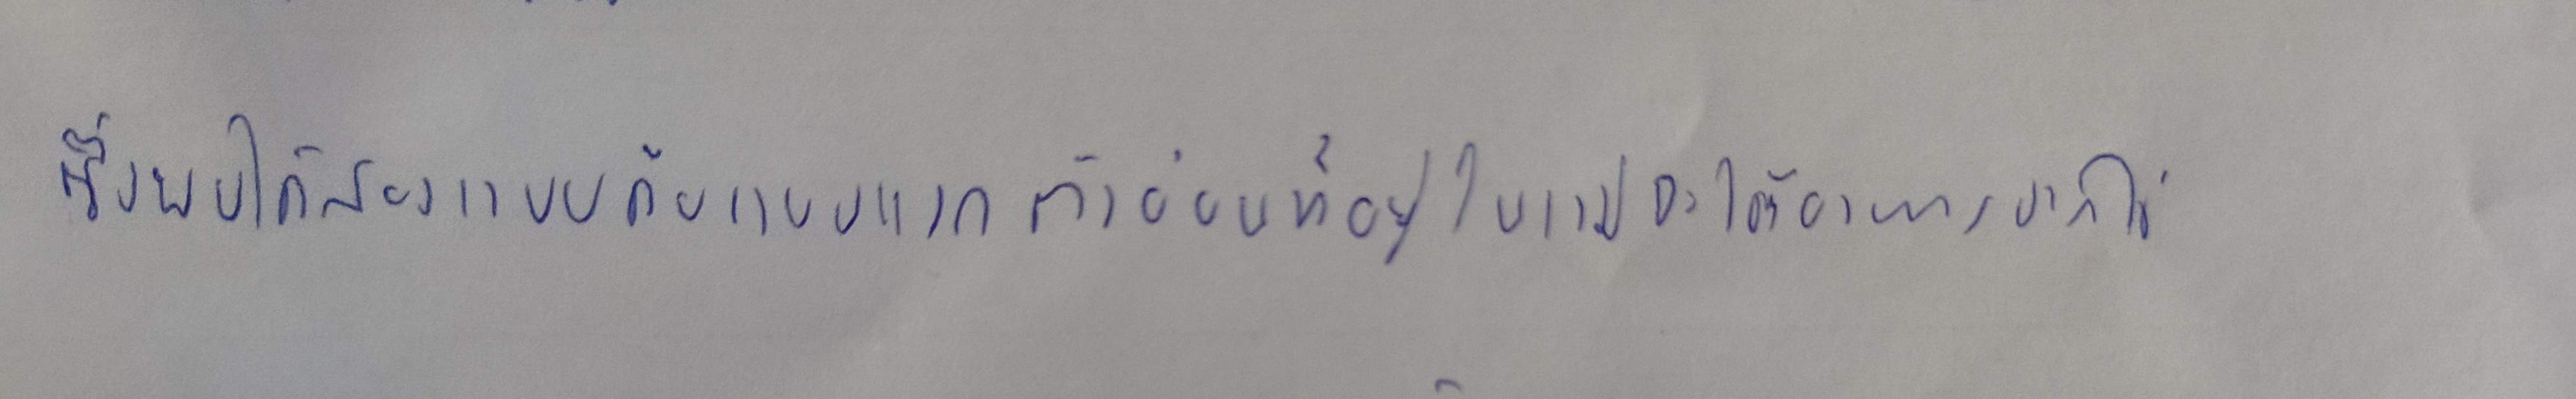
ซึ่งพบได้สองแบบคือแบบแรกตัวอ่อนที่อยู่ในแม่จะได้อาหารจากไข่